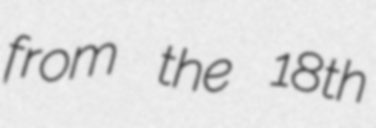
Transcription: from the 18th